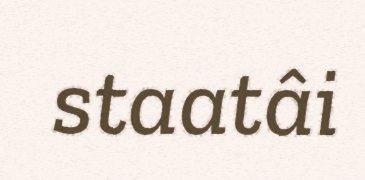
staatâi